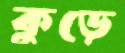
কুড়ে